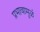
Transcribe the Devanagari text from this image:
प्रभावामुळं